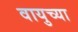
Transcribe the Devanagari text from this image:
वायुच्या